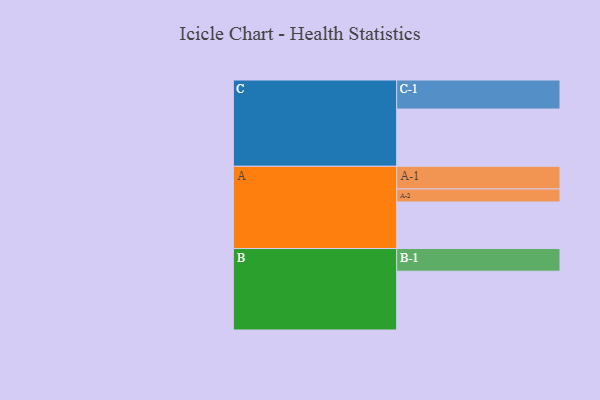
{"axis": {"x": "Segment", "y": "Value"}, "legend": ["", "A", "B", "C"], "data": [{"x": "A", "y": 415, "type": ""}, {"x": "B", "y": 524, "type": ""}, {"x": "C", "y": 510, "type": ""}, {"x": "A-1", "y": 202, "type": "A"}, {"x": "A-2", "y": 116, "type": "A"}, {"x": "B-1", "y": 202, "type": "B"}, {"x": "C-1", "y": 259, "type": "C"}]}